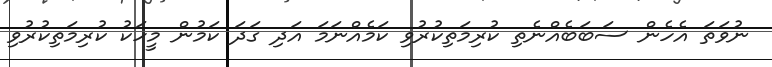
ނުވަތަ އެހެން ސަބަބެއްނެތި ކުރިމަތިކުރުވި ކަމެއްނަމަ އަދި ގަދަ ކަމުން މީހަކު ކުރިމަތިކުރުވި